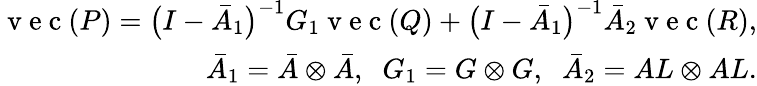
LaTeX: \begin{array}{r}{\mathrm{~v~e~c~}(P)=\big(I-\bar{A}_{1}\big)^{-1}G_{1}\mathrm{~v~e~c~}(Q)+\big(I-\bar{A}_{1}\big)^{-1}\bar{A}_{2}\mathrm{~v~e~c~}(R),}\\ {\bar{A}_{1}=\bar{A}\otimes\bar{A},\; \; G_{1}=G\otimes G,\; \; \bar{A}_{2}=AL\otimes AL.}\end{array}